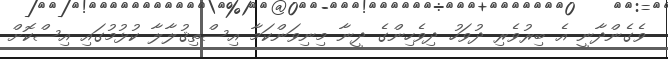
ވެގެންދާނީ އެ ބިރުވެރި ދުވަހު ދިވެހިންގެ ދީނާ މިނިވަންކަމާ އިސްތިޤުލާލާ ކުޅުމުގައި އިސްކޮށް